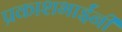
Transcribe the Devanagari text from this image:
प्रकाशभाईंनी